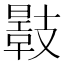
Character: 𢻣